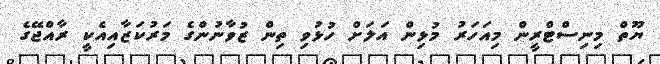
ޔޫތް މިނިސްޓްރީން މިއަހަރު މުޅިން އަލަށް ހުޅުވި ތިން ޒުވާނުންގެ މަރުކަޒާއިއެކީ ރާއްޖޭގެ